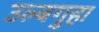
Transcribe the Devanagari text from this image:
उल्बगुहा